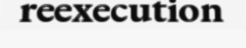
reexecution